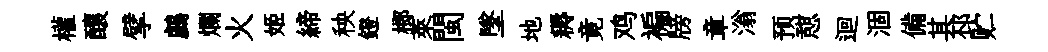
權釀擘鸕爛火姬締秧鐙榔萊閩墜地耨竟鸡褊牓章滃预憇迴涸備其邳贮